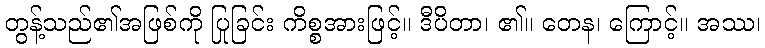
တွန့်သည်၏အဖြစ်ကို ပြုခြင်း ကိစ္စအားဖြင့်။ ဒီပိတာ၊ ၏။ တေန၊ ကြောင့်။ အဿ၊